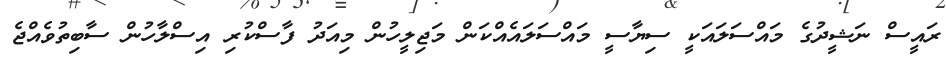
ރައީސް ނަޝީދުގެ މައްސަލައަކީ ސިޔާސީ މައްސަލައެއްކަން މަޖިލީހުން މިއަދު ފާސްކުރި އިސްލާހުން ސާބިތުވެއްޖެ